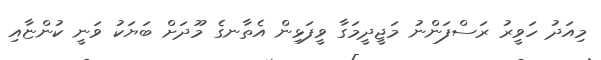
މިއަދު ހަވީރު ރަސްފަންނު މަޖީދީމަގާ ވީފަޅިން އެތާނގެ މޫދަށް ބަޔަކު ވަނީ ކުންޏާއި